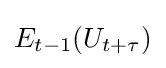
E_{t-1}(U_{t+\tau })